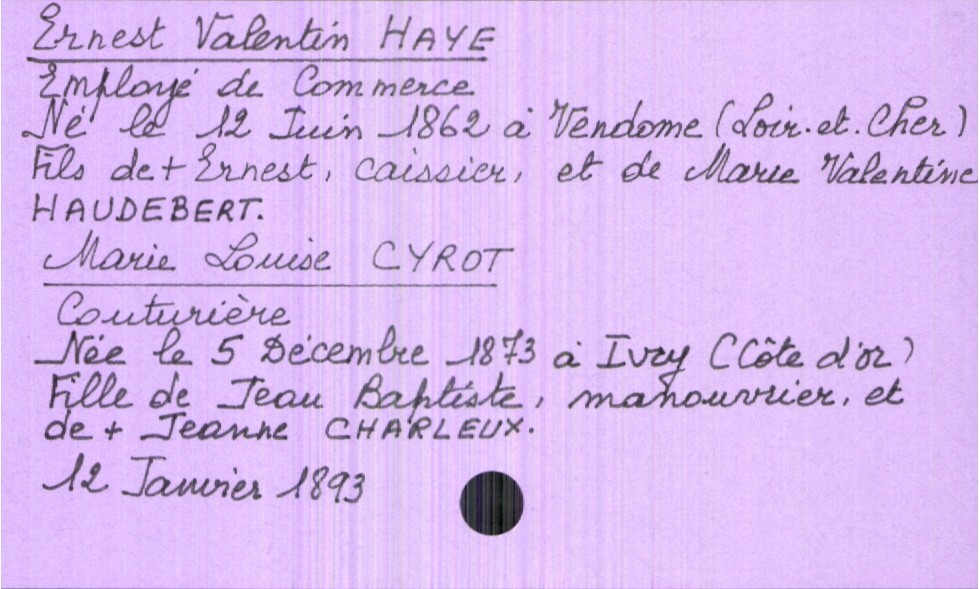
type_acte: Mariage
année: 1893
mois: janvier
jour: 12
marié_nom: Haye
marié_prénom: Ernest Valentin
marié_profession: employé de commerce
marié_date_de_naissance: 12 juin 1862
marié_lieu_de_naissance: Vendôme (Loir-et-Cher)
père_marié_nom: Haye
père_marié_prénom: Ernest
père_marié_profession: caissier
père_marié_statut: décédé
mère_marié_nom: Haudebert
mère_marié_prénom: Marie Valentine
mariée_nom: Cyrot
mariée_prénom: Marie Louise
mariée_profession: couturière
mariée_date_de_naissance: 5 décembre 1873
mariée_lieu_de_naissance: Ivry (Côte d'Or)
père_mariée_nom: Cyrot
père_mariée_prénom: Jean Baptiste
père_mariée_profession: manouvrier
mère_mariée_nom: Charleux
mère_mariée_prénom: Jeanne
mère_mariée_statut: décédée